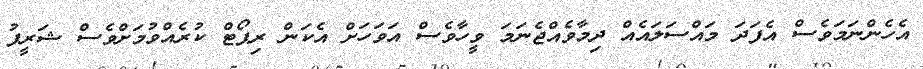
އެހެންނަމަވެސް އެފަދަ މައްސަލައެއް ދިމާވެއްޖެނަމަ ވީހާވެސް އަވަހަށް އެކަން ރިޕޯޓް ކުރެއްވުމަށްވެސް ޝަރީފު